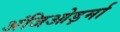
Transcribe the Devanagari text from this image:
अंजिओड़र्मा